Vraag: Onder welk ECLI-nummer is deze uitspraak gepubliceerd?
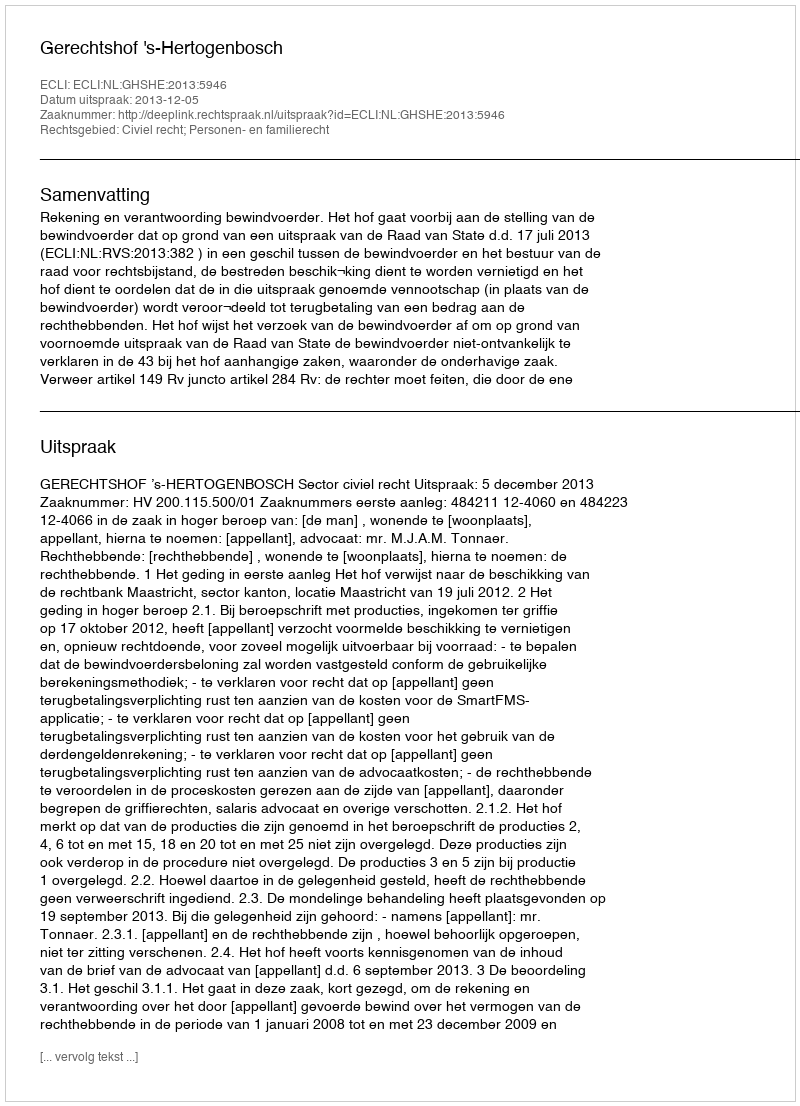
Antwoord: ECLI:NL:GHSHE:2013:5946